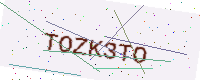
Text: TOZK3TO